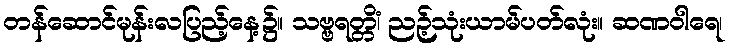
တန်ဆောင်မုန်းလပြည့်နေ့၌။ သဗ္ဗရတ္တိံ၊ ညဉ့်သုံးယာမ်ပတ်လုံး။ ဆဏဝါရေ၊